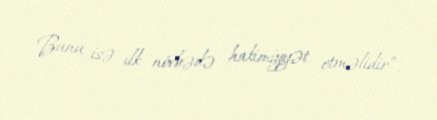
Bunu isə ilk növbədə hakimiyyət etməlidir”.